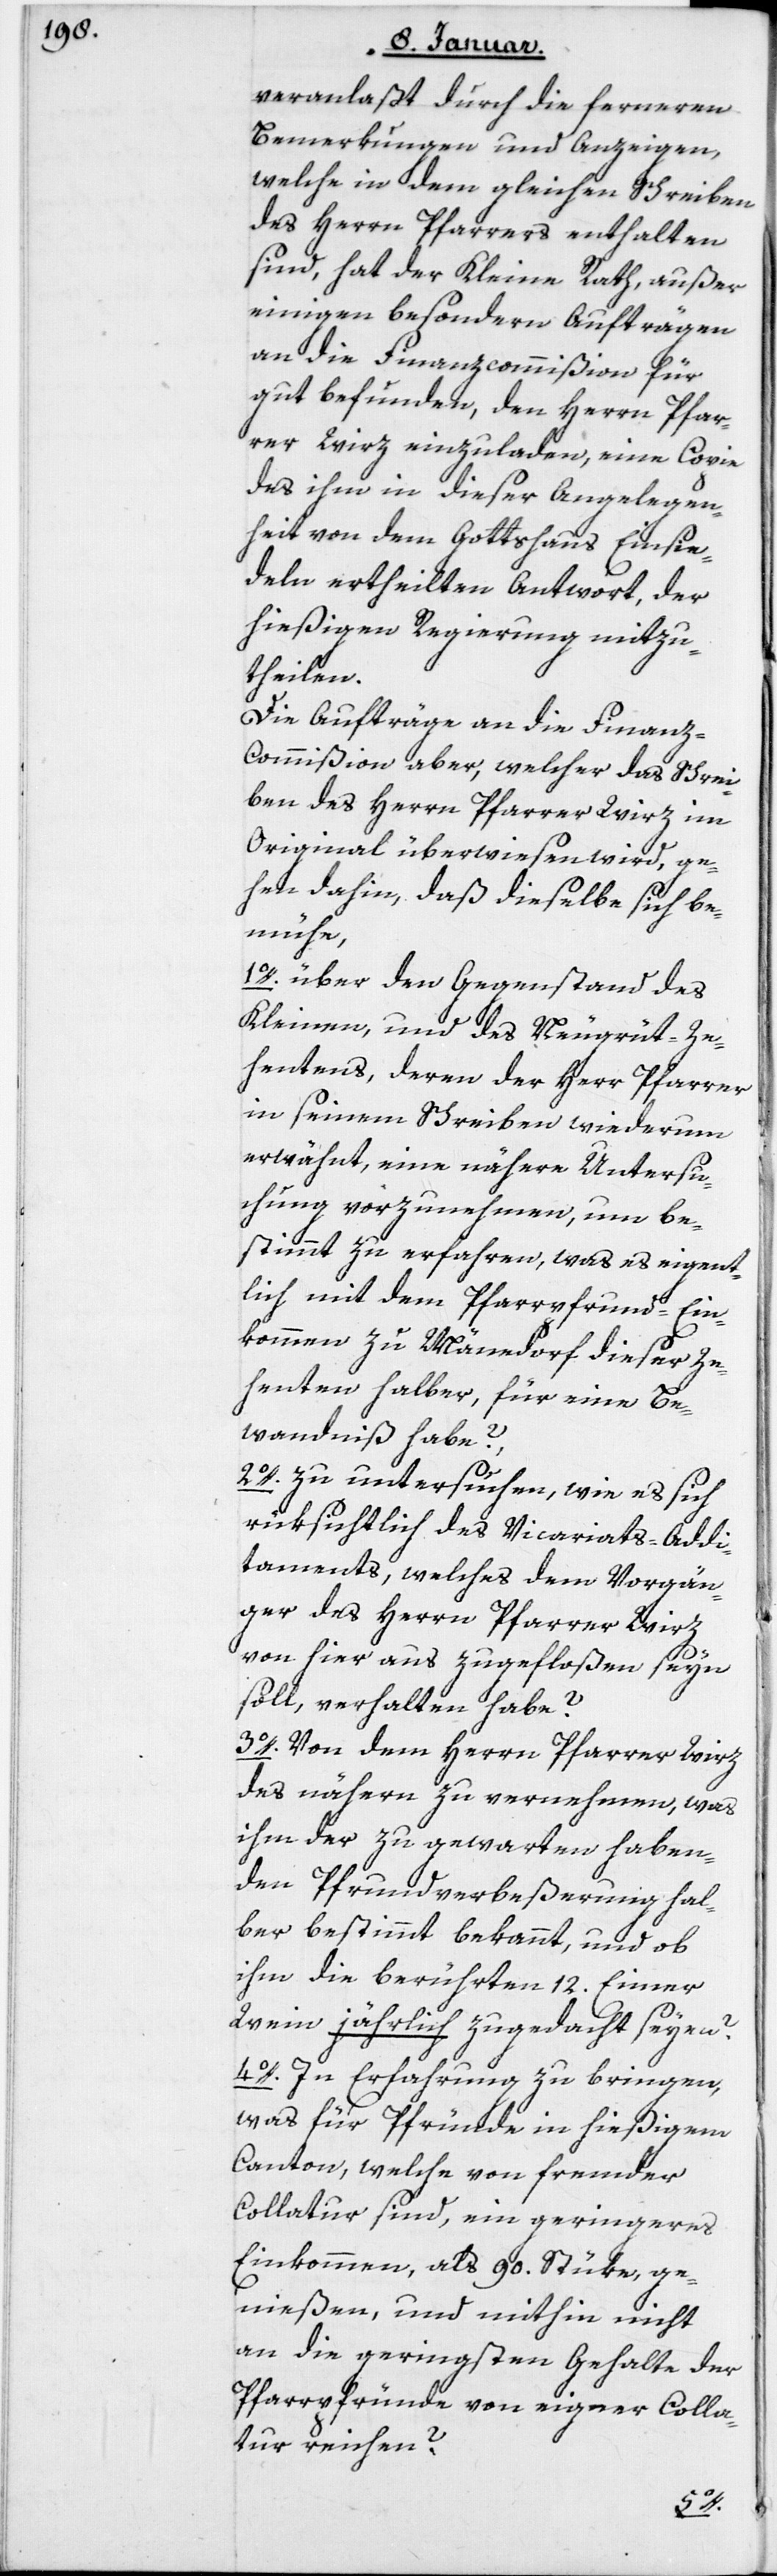
veranlaßt durch die ferneren
Bemerkungen und Anzeigen,
welche in dem gleichen Schreiben
des Herrn Pfarrers enthalten
sind, hat der Kleine Rath, außer
einigen besondern Aufträgen
an die Finanzcommißion für
gut befunden, den Herrn Pfar¬
rer Wirz einzuladen, eine Copie
des ihm in dieser Angelegen¬
heit von dem Gottshaus Einsie¬
deln ertheilten Antwort, der
hießigen Regierung mitzu¬
theilen.
Die Aufträge an die Finan¬
z-Commißion aber, welcher das Schrei¬
ben des Herrn Pfarrer Wirz im
Original überwiesen wird, ge¬
hen dahin, daß dieselbe sich be¬
mühe,
1. über den Gegenstand des
Kleinen und des Neugrüt-Ze¬
hentens, deren der Herr Pfarrer
in seinem Schreiben wiederum
erwähnt, eine nähere Untersu¬
chung vorzunehmen, um be¬
stimmt zu erfahren, was es eigent¬
lich mit dem Pfarrpfrund-Ein¬
kommen zu Männedorf dieser Ze¬
henten halber, für eine Be¬
wandtniß habe?
2. zu untersuchen, wie es sich
rüksichtlich des Vicariats-Addi¬
taments, welches dem Vorgän¬
ger des Herrn Pfarrer Wirz
von hier aus zugefloßen sein
soll, verhalten habe?
3. Von dem Herrn Pfarrer Wirz
des Nähern zu vernehmen, was
ihm der zu gewarten haben¬
den Pfrundverbeßerung hal¬
ber bestimmt bekannt, und ob
ihm die berührten 12 Eimer
Wein jährlich zugedacht seyen?
4. In Erfahrung zu bringen,
was für Pfründe in hießigem
Kanton, welche von fremder
Collatur sind, ein geringeres
Einkommen als 90 Stüke ge¬
nießen, und mithin nicht
an die geringsten Gehalte der
Pfarrpfründe von eigner Colla¬
tur reichen?